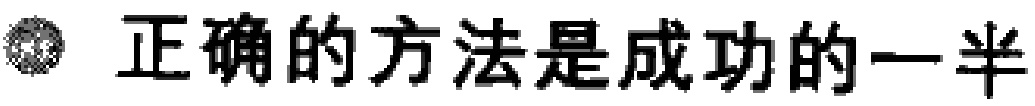
正确的方法是成功的一半